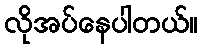
လိုအပ်နေပါတယ်။